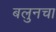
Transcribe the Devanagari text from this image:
बलुनचा